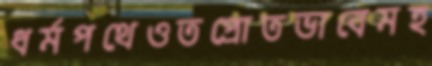
ধর্মপথেওতপ্রোতভাবেমহ